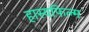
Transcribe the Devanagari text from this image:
हास्यफिल्म